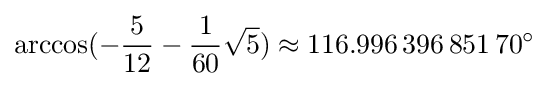
\arccos(-{\frac {5}{12}}-{\frac {1}{60}}{\sqrt {5}})\approx 116.996\,396\,851\,70^{\circ }